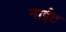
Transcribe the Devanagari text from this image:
नाईट